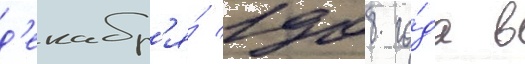
д'екабр'я́ 1908 го́да в